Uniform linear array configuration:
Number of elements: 4
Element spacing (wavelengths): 0.25
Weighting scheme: binomial
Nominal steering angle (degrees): -15
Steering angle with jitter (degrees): -13.839
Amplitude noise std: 0.05
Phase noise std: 0.05

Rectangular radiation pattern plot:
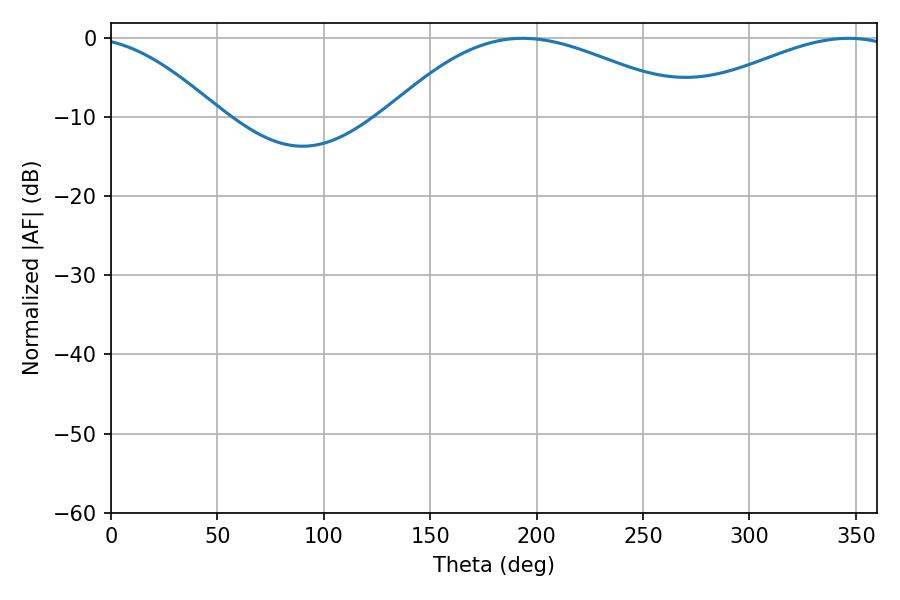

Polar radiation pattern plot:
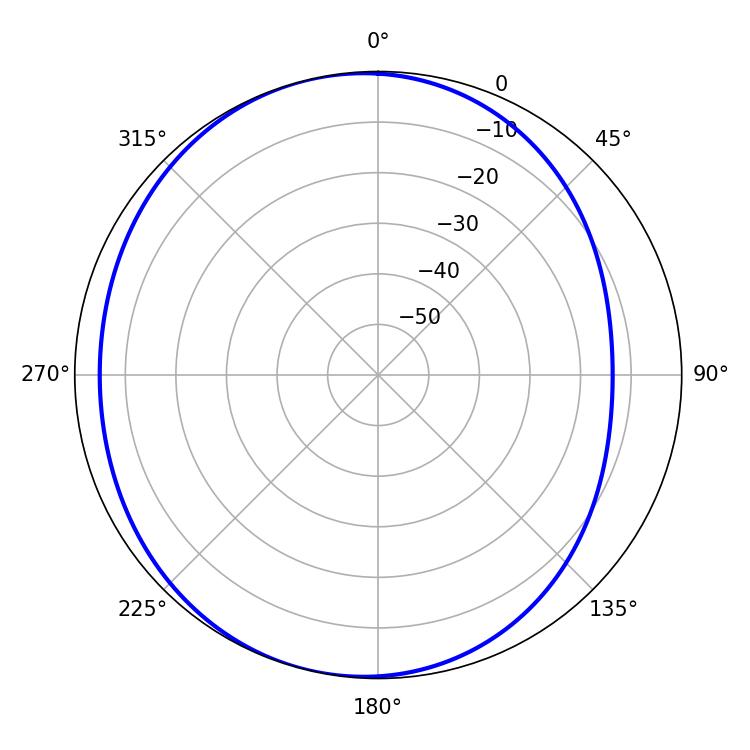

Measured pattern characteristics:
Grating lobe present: FALSE
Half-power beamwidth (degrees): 79.02
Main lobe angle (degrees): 193.5